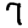
Digit: 7